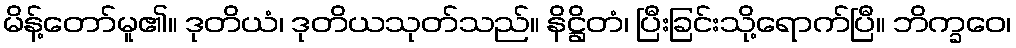
မိန့်တော်မူ၏။ ဒုတိယံ၊ ဒုတိယသုတ်သည်။ နိဋ္ဌိတံ၊ ပြီးခြင်းသို့ရောက်ပြီ။ ဘိက္ခဝေ၊